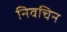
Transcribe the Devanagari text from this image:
निवचिन